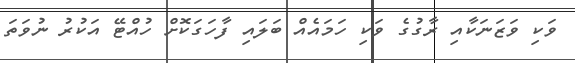
ވަކި ވަޒަނަކާއި ރާގުގެ ވަކި ހަމައެއް ބަލައި ފާހަގަކޮށް ހުއްޓޭ އަކުރު ނުވަތަ